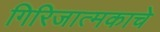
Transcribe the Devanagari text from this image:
गिरिजात्मकाचे